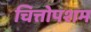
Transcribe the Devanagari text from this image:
चित्तोपशम